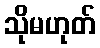
သိုမဟုတ်